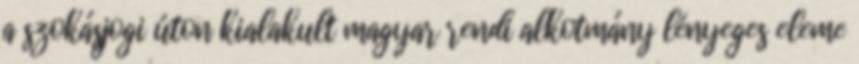
a szokásjogi úton kialakult magyar rendi alkotmány lényeges eleme